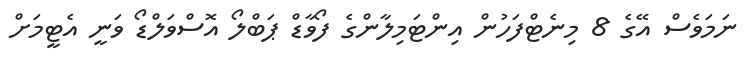
ނަމަވެސް އޭގެ 8 މިނެޓްފަހުން އިންޓަމިލާންގެ ފޯވާޑް ޕަބްލޯ އޮސްވަލްޑޯ ވަނީ އެޓީމަށް